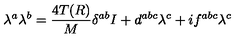
\lambda ^ { a } \lambda ^ { b } = \frac { 4 T ( R ) } { M } \delta ^ { a b } I + d ^ { a b c } \lambda ^ { c } + i f ^ { a b c } \lambda ^ { c }